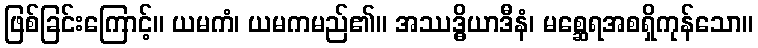
ဖြစ်ခြင်းကြောင့်။ ယမကံ၊ ယမကမည်၏။ အဿဒ္ဓိယာဒီနံ၊ မစ္ဆေရအစရှိကုန်သော။